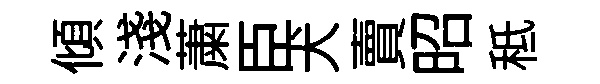
傾淺䔥臣犬賣昭秪